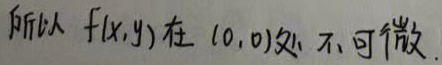
所以 \( f(x,y) \) 在 \( (0,0) \) 处不可微.